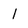
Character: 1